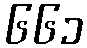
၆၆၁